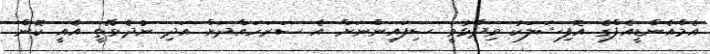
އެމްއެންޑީއެފްގެ އޮފިޝަލަކު ވިދާޅުވީ ސިފައިންނަށް އެ ސަރަހައްދަށް އަދި ނުދެވޭތީ އެއީ ކޮން